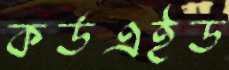
কর্ডএইড